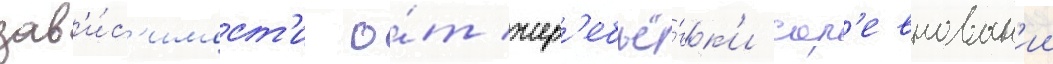
зав'и́с'имост'и о́т жер'ебьё́вк'и сор'евнован'ии